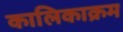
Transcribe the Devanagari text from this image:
कालिकाक्रम